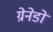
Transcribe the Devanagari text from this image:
ग्रेनेडों